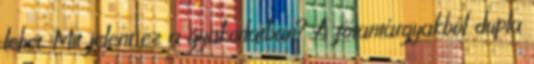
lehet. Mit jelent ez a gyakorlatban? A főtantárgyakból dupla